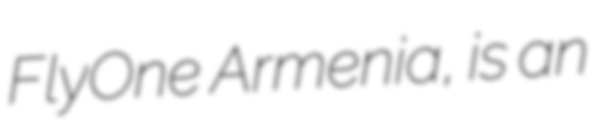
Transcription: FlyOne Armenia, is an